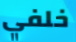
خلفي